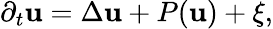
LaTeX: \partial_{t}\mathbf{u}=\Delta\mathbf{u}+P(\mathbf{u})+\xi,